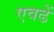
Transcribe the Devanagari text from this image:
एवढें